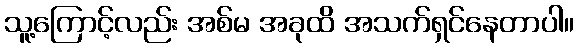
သူ့ကြောင့်လည်း အစ်မ အခုထိ အသက်ရှင်နေတာပါ။